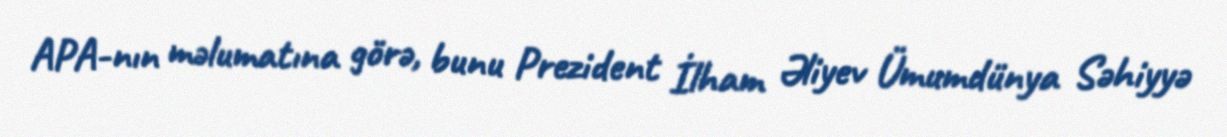
APA-nın məlumatına görə, bunu Prezident İlham Əliyev Ümumdünya Səhiyyə